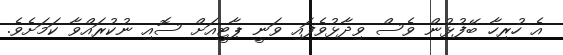
އެ ހުރިހާ ބޭފުޅުން ވެސް ވިދާޅުވެފައި ވަނީ ޕާޓީއަށް ސޮއި ނުކުރައްވާ ކަމަށެވެ.